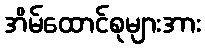
အိမ်ထောင်စုများအား